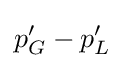
p'_{G}-p'_{L}